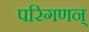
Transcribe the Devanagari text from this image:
परिगणन्